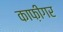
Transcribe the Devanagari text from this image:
काफ़ीगर